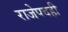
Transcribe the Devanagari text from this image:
राजेपदही